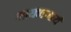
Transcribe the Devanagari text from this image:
मायणाचार्य